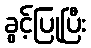
ခွင့်ပြုပြီး